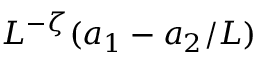
L ^ { - \zeta } ( a _ { 1 } - a _ { 2 } / L )